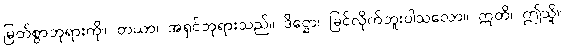
မြတ်စွာဘုရားကို။ တယာ၊ အရှင်ဘုရားသည်။ ဒိဋ္ဌော၊ မြင်လိုက်ဘူးပါသလော။ ဣတိ၊ ဤသို့။